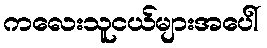
ကလေးသူငယ်များအပေါ်